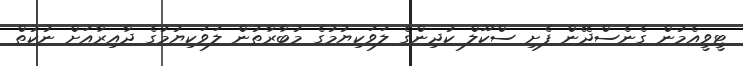
ޓީވީއެމުން ގެނެސްދޭން ފެށި ސްކޫލް ކުދިންގެ ލަވަކިޔުމުގެ މުބާރާތުން ލަވަކިޔުމުގެ ދާއިރާއަށް ނުކުތް